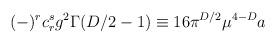
\begin{align*}(-)^rc_r^sg^2\Gamma (D/2-1)\equiv 16\pi ^{D/2}\mu ^{4-D}a\end{align*}